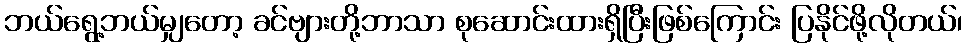
ဘယ်ရွေ့ဘယ်မျှတော့ ခင်ဗျားတို့ဘာသာ စုဆောင်းထားရှိပြီးဖြစ်ကြောင်း ပြနိုင်ဖို့လိုတယ်၊